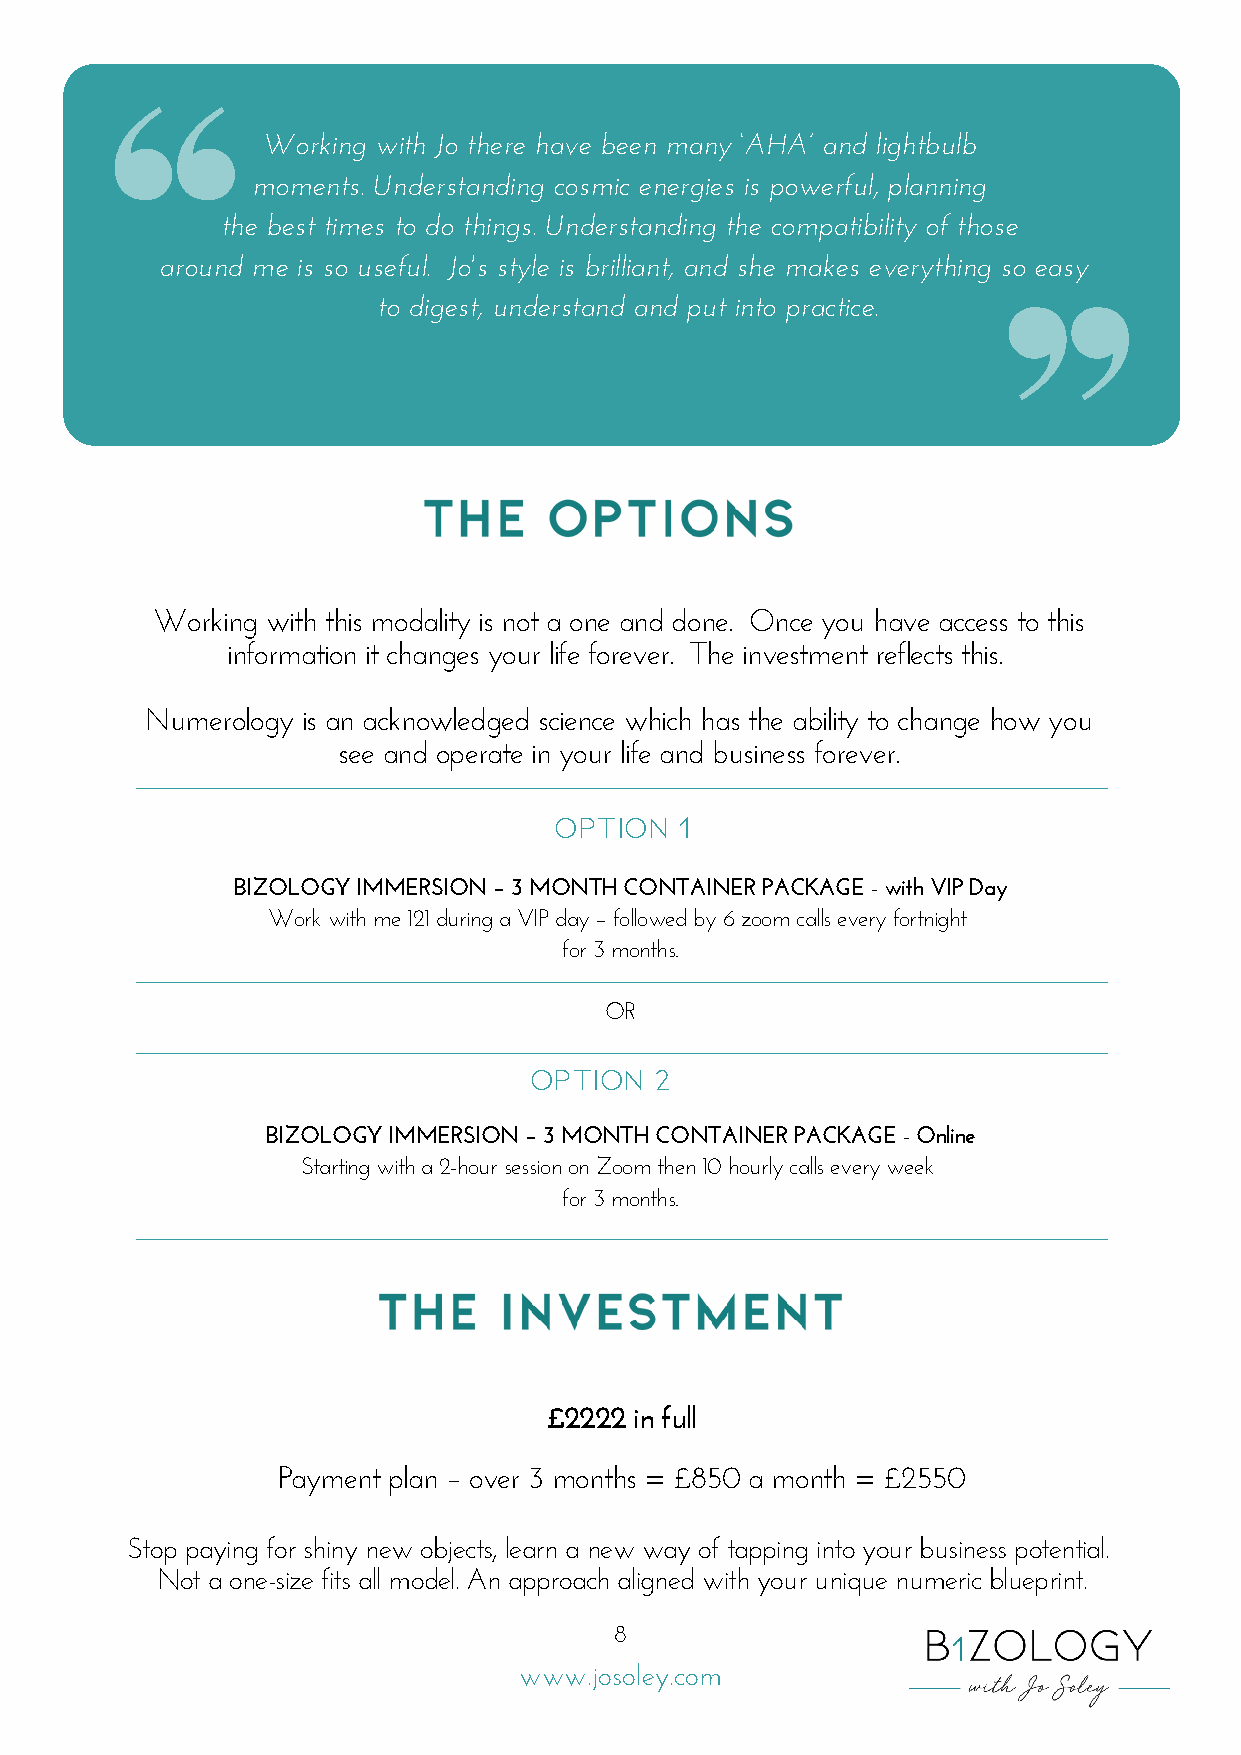
Working with Jo there have been many ‘AHA’ and lightbulb
 moments. Understanding cosmic energies is powerful, planning
 the best times to do things. Understanding the compatibility of those
 around me is so useful. Jo's style is brilliant, and she makes everything so easy
 to digest, understand and put into practice.
 NUMBER    3  - THE  COMMUNICATOR
 Working with this modality is not a one and done. Once you have access to this
 information it changes your life forever. The investment reflects this.
 Numerology is an acknowledged science which has the ability to change how you
 see and operate in your life and business forever.
 _____________________________________________
 OPTION  1
 BIZOLOGY IMMERSION – 3 MONTH CONTAINER PACKAGE - with VIP Day
 Work with me 121 during a VIP day – followed by 6 zoom calls every fortnight
 for 3 months.
 _____________________________________________
 OR
 _______________________          ______________________
 OPTIO N 2
 BIZOLOGY IMMERSION – 3 MONTH CONTAINER PACKAGE - Online
 Starting with a 2-hour session on Zoom then 10 hourly calls every week
 for 3 months.
 _____________________________________________
 £2222 in full
 Payment plan – over 3 months = £850 a month = £2550
 Stop paying for shiny new objects, learn a new way of tapping into your business potential.
 Not a one-size fits all model. An approach aligned with your unique numeric blueprint.
 8
 www.josoley.com